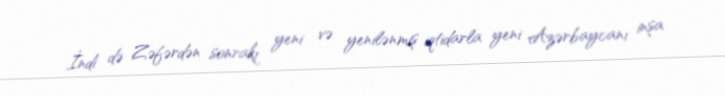
İndi də Zəfərdən sonrakı yeni və yenilənmiş iqtidarla yeni Azərbaycanı inşa